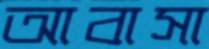
আবাসা